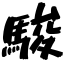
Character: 駿